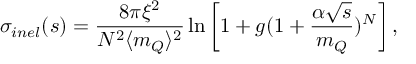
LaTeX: \sigma _ { i n e l } ( s ) = \frac { 8 \pi \xi ^ { 2 } } { N ^ { 2 } \langle m _ { Q } \rangle ^ { 2 } } \ln \left[ 1 + { g } ( 1 + \frac { \alpha \sqrt { s } } { m _ { Q } } ) ^ { N } \right] ,